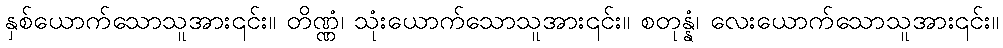
နှစ်ယောက်သောသူအား၎င်း။ တိဏ္ဏံ၊ သုံးယောက်သောသူအား၎င်း။ စတုန္နံ၊ လေးယောက်သောသူအား၎င်း။